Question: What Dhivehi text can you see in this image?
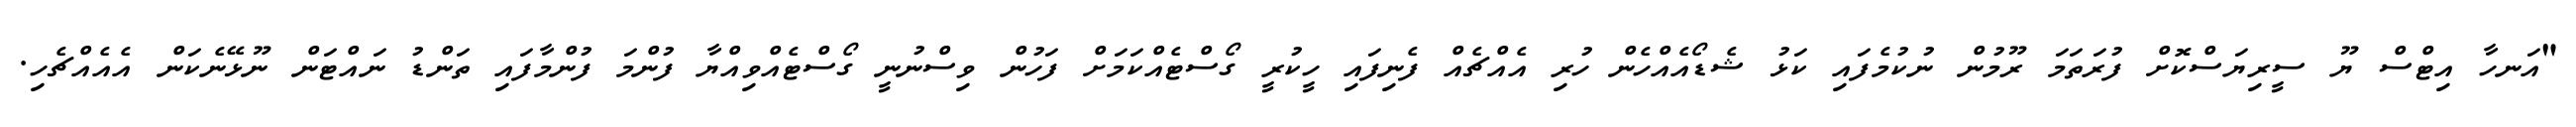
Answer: "އަނހާ އިޓްސް ޔޫ ސީރިޔަސްކޮށް ފުރަތަމަ ރޫމުން ނުކުމެފައި ކަޅު ޝެޑޯއެއްހެން ހުރި އެއްޗެއް ފެނިފައި ހީކުރީ ގޯސްޓެއްކަމަށް ފަހުން ވިސްނުނީ ގޯސްޓެއްވިއްޔާ ފުންމަ ފުންމާފައި ތަންޑު ނައްޓަން ނޫޅޭނެކަން އެއެއްޗެހި.